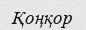
Қоңқор